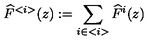
\widehat { F } ^ { < i > } ( z ) : = \sum _ { i \in < i > } \widehat { F } ^ { i } ( z )